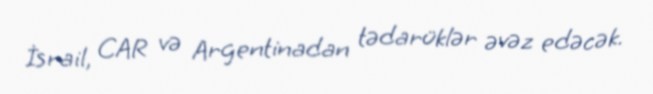
İsrail, CAR və Argentinadan tədarüklər əvəz edəcək.